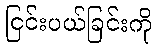
ငြင်းပယ်ခြင်းကို